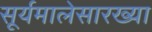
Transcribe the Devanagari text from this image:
सूर्यमालेसारख्या